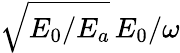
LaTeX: \sqrt{E_{0}/E_{a}}\, E_{0}/\omega